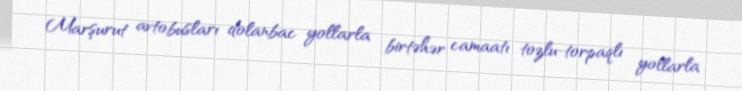
Marşurut avtobusları dolanbac yollarla birtəhər camaatı tozlu-torpaqlı yollarla